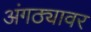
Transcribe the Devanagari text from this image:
अंगठ्यावर